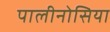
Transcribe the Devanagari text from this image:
पालीनोसिया